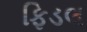
ફિડલ